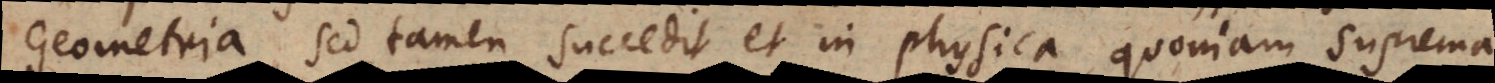
Geometria, sed tamen succedit et in Physica, quoniam Suprema